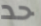
حد